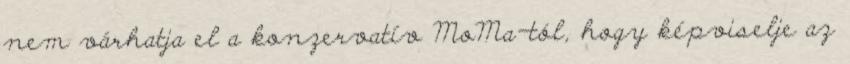
nem várhatja el a konzervatív MoMa-tól, hogy képviselje az